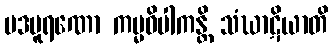
ပဒပူရဏော ကမ္မဝိပါကန္တိ သံဃာဋိယာတိ